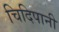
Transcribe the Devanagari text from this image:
चिदिपानी